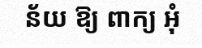
ន័យ ឱ្យ ពាក្យ អុំ